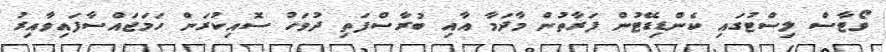
ވޯޓާސް ލިސްޓުގައި ކެންޑިޑޭޓުން ފަރާތުން މާދަމާ އާއި ބުރާސްފަތި ދުވަހު ސޮއިކުރަން ހަމަޖައްސާފައިވާއިރު